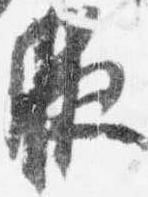
腋